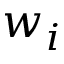
w _ { i }